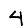
Digit: 4